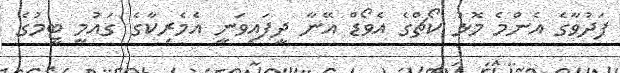
ފަދުވާގެ އެންމެ މޮޅު ކޯޗްގެ އެވޯޑް އޭނާ ދީފައިވަނީ އެމެރިކާގެ ގައުމީ ޓީމުގެ